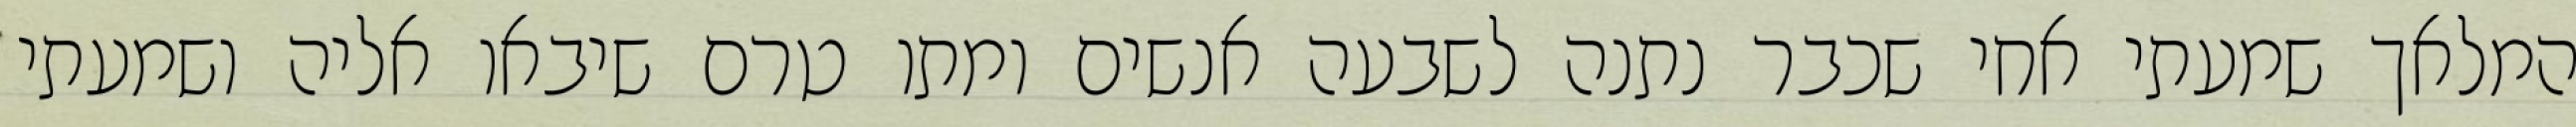
המלאך שמעתי אחי שכבר נתנה לשבעה אנשים ומתו טרם שיבאו אליה ושמעתי